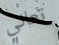
تعاني